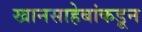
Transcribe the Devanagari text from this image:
खानसाहेबांकडून